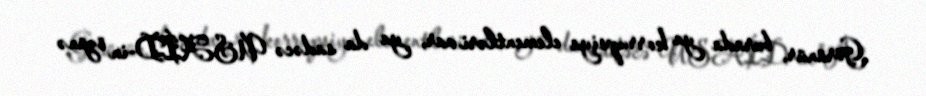
Görünür, burada ya korrupsiya elementləri var, ya da sadəcə USAİD-in özünə